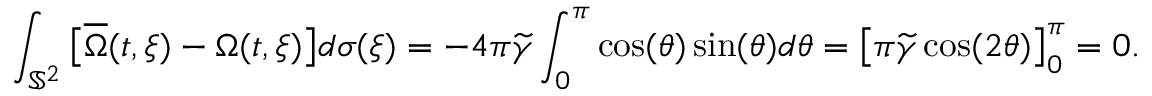
\int _ { \mathbb { S } ^ { 2 } } \big [ \overline { { \Omega } } ( t , \xi ) - \Omega ( t , \xi ) \big ] d \sigma ( \xi ) = - 4 \pi \widetilde { \gamma } \int _ { 0 } ^ { \pi } \cos ( \theta ) \sin ( \theta ) d \theta = \big [ \pi \widetilde { \gamma } \cos ( 2 \theta ) \big ] _ { 0 } ^ { \pi } = 0 .